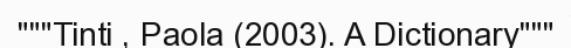
"""Tinti , Paola (2003). A Dictionary"""